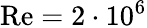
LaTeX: \mathrm{{Re}=2\cdot 10^{6}}